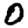
Digit: 0